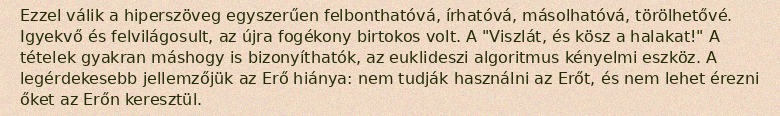
Ezzel válik a hiperszöveg egyszerűen felbonthatóvá, írhatóvá, másolhatóvá, törölhetővé. Igyekvő és felvilágosult, az újra fogékony birtokos volt. A "Viszlát, és kösz a halakat!" A tételek gyakran máshogy is bizonyíthatók, az euklideszi algoritmus kényelmi eszköz. A legérdekesebb jellemzőjük az Erő hiánya: nem tudják használni az Erőt, és nem lehet érezni őket az Erőn keresztül.